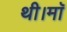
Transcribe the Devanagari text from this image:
थी।माॅ